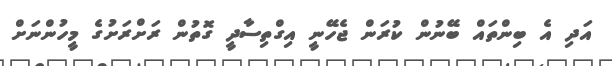
އަދި އެ ބިންތައް ބޭނުން ކުރަން ޖެހޭނީ އިގްތިސާދީ ގޮތުން ރަށްރަށުގެ މީހުންނަށް